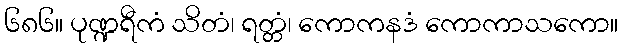
၆၈၆။ ပုဏ္ဍရီကံ သိတံ၊ ရတ္တံ၊ ကောကနဒံ ကောကာသကော။